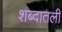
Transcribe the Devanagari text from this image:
शब्दातली